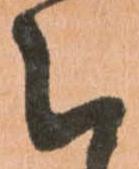
被